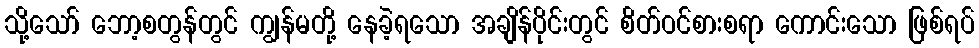
သို့သော် ဘော့စတွန်တွင် ကျွန်မတို့ နေခဲ့ရသော အချိန်ပိုင်းတွင် စိတ်ဝင်စားစရာ ကောင်းသော ဖြစ်ရပ်